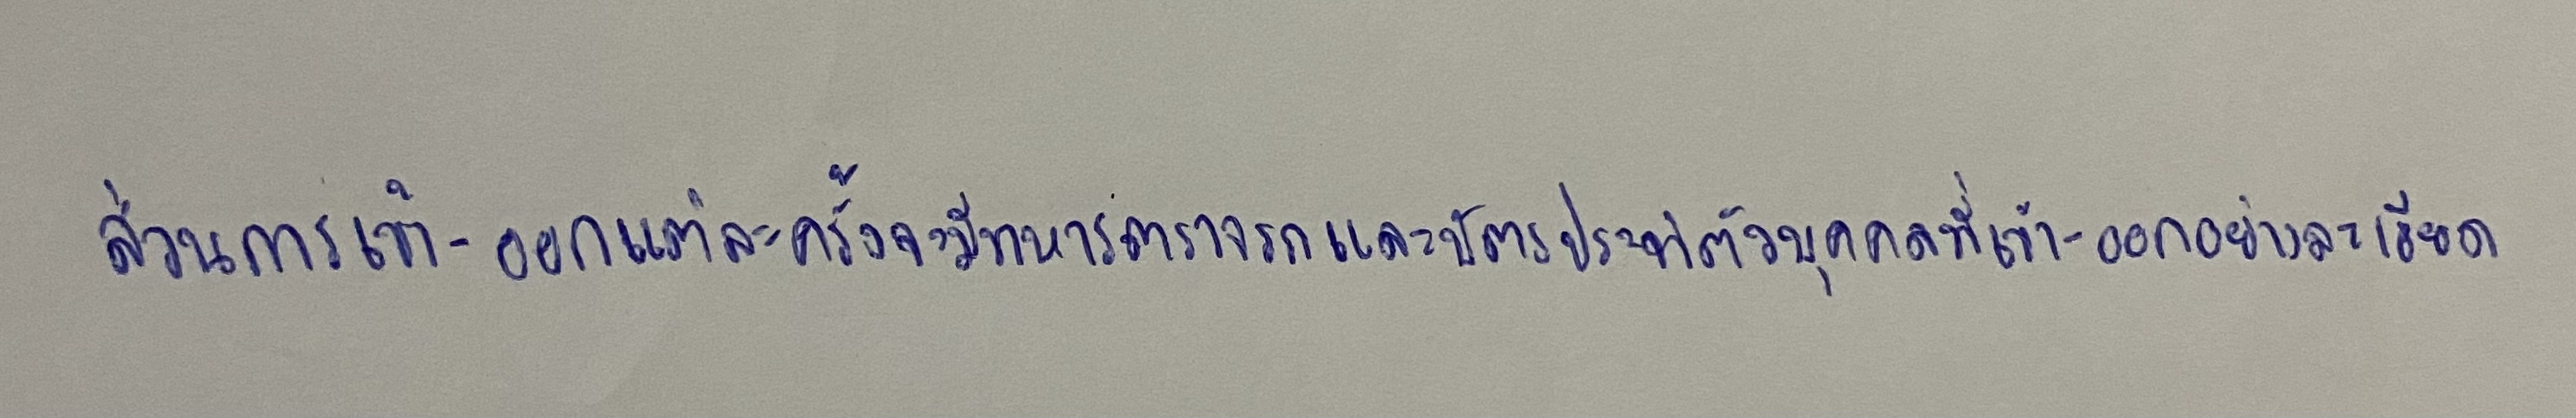
ส่วนการเข้า-ออกแต่ละครั้งจะมีทหารตรวจรถและบัตรประจำตัวบุคคลที่เข้า-ออกอย่างละเอียด